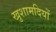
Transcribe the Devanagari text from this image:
खुशामदियों